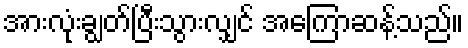
အားလုံးချွတ်ပြီးသွားလျှင် အကြောဆန့်သည်။